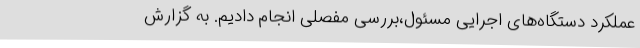
عملکرد دستگاه‌های اجرایی مسئول،بررسی مفصلی انجام دادیم. به گزارش